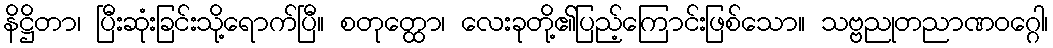
နိဋ္ဌိတာ၊ ပြီးဆုံးခြင်းသို့ရောက်ပြီ။ စတုတ္ထော၊ လေးခုတို့၏ပြည့်ကြောင်းဖြစ်သော။ သဗ္ဗညုတညာဏဝဂ္ဂေါ၊